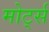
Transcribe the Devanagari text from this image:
मोर्ट्स